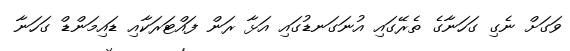
ވަގަށް ނެގި ގަހަނާގެ ތެރޭގައި އުނަގަނޑުގައި އަޅާ ރަން ފައްޓަރަކާއި ޑައިމަންޑް ގަހަނާ